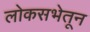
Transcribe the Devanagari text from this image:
लोकसभेतून